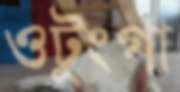
ওটুংগা